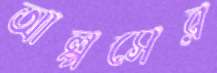
আল্পসের